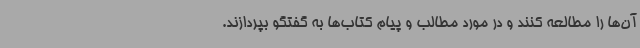
آن‌ها را مطالعه کنند و در مورد مطالب و پیام کتاب‌ها به گفتگو بپردازند.